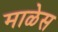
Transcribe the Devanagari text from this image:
माळेस